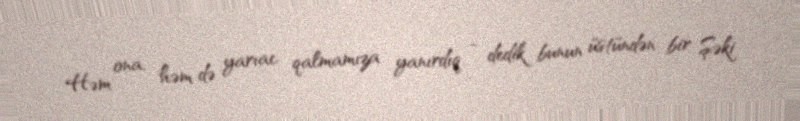
Həm ona, həm də yarıac qalmamıza yanırdıq - dedik bunun üstündən bir Şəki